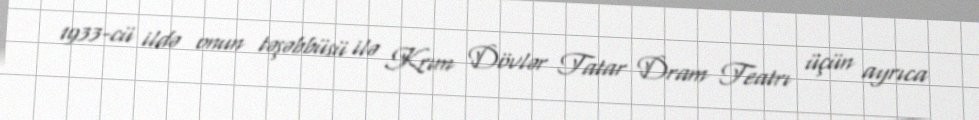
1933-cü ildə onun təşəbbüsü ilə Krım Dövlər Tatar Dram Teatrı üçün ayrıca